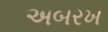
અબરખ